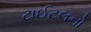
ટાઈટલનો